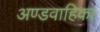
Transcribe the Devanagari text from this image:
अण्डवाहिका